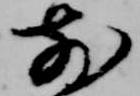
前